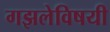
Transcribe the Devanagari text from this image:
गझलेविषयी